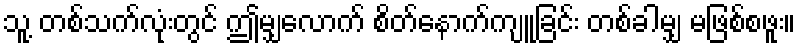
သူ့ တစ်သက်လုံးတွင် ဤမျှလောက် စိတ်နောက်ကျူခြင်း တစ်ခါမျှ မဖြစ်စဖူး။